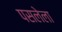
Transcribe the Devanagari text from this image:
पसलेला